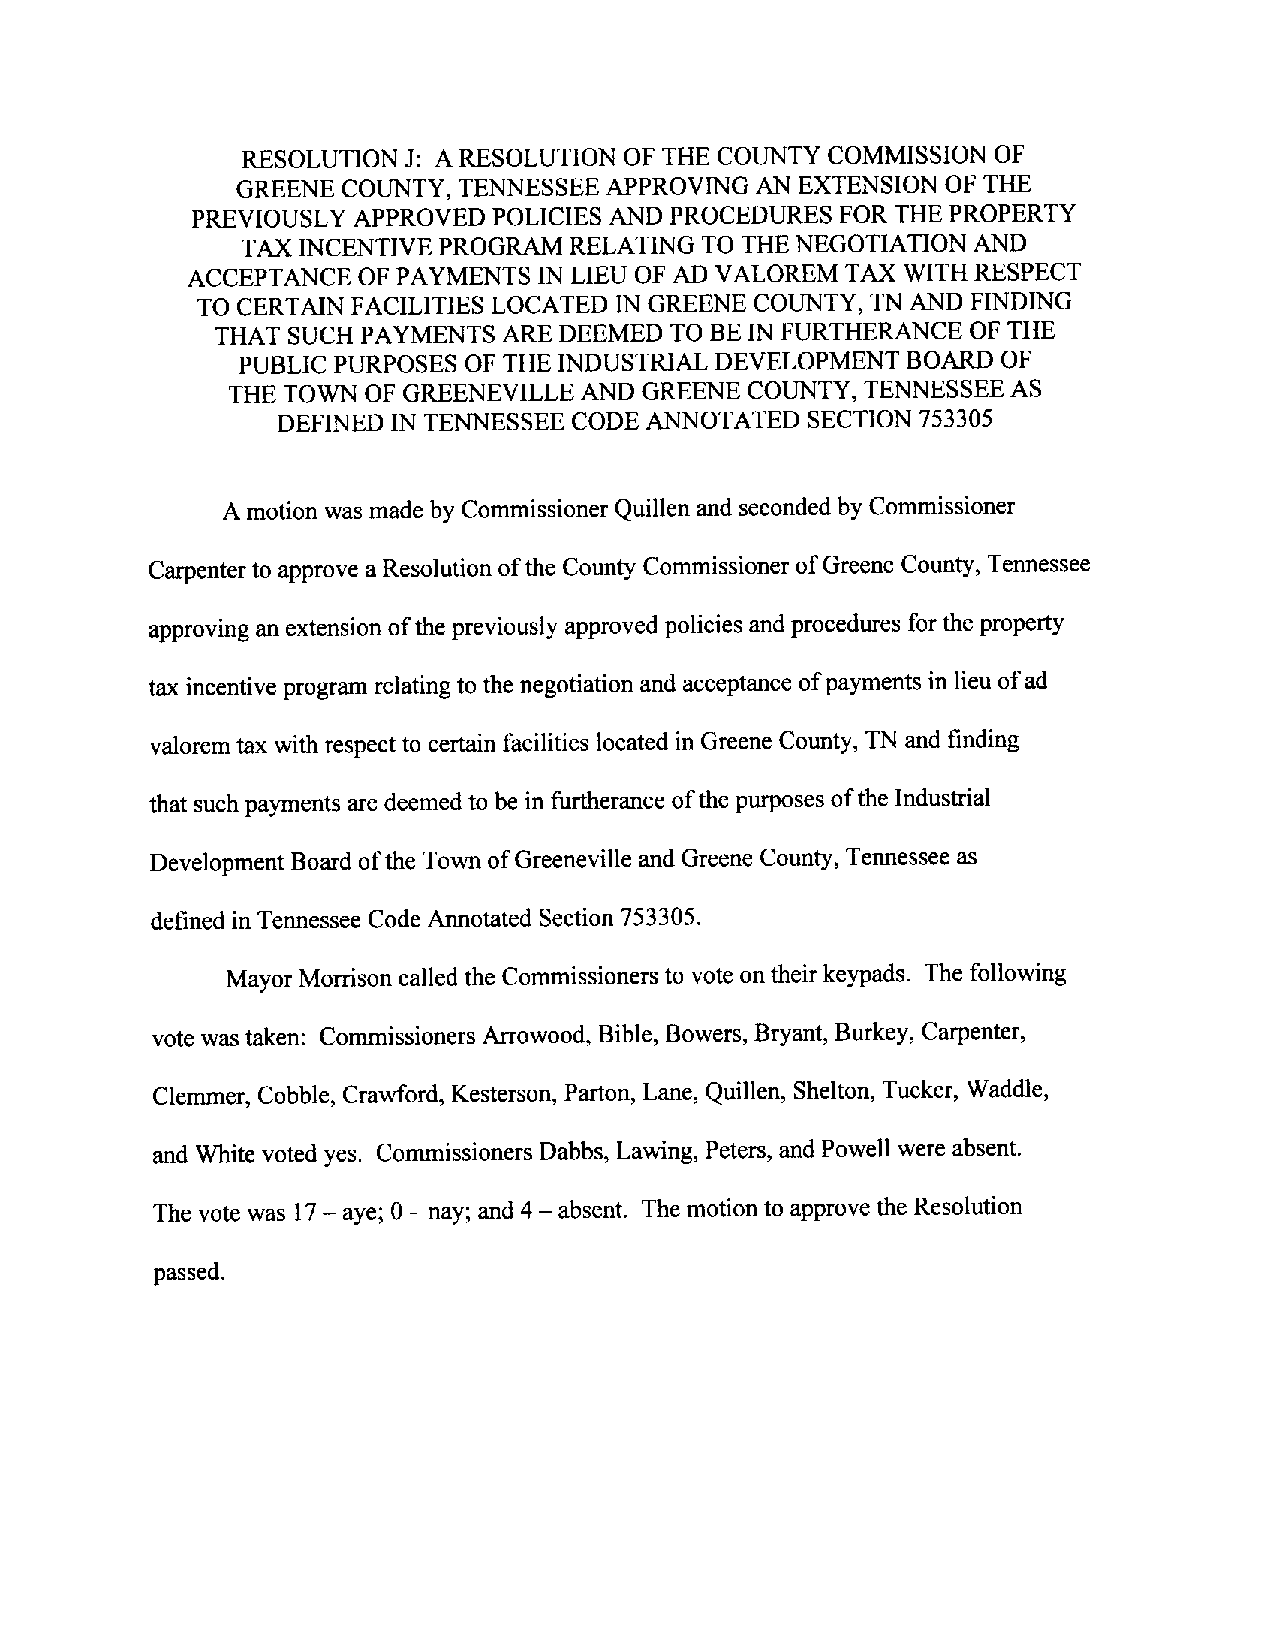
RESOLUTION J: A RESOLUTION OF THE COUNTY COMMISSION OF
 GREENE COUNTY, TENNESSEEAPPROVING AN EXTENSION OF THE
 PREVIOUSLY APPROVED POLICIES AND PROCEDURES FOR THE PROPERTY
 TAXINCENTIVE PROGRAM  RELATING TO THE NEGOTIATION AND
 ACCEPTANCE  OF PAYMENTS IN LIEU OF AD VALOREM TAX WITH RESPECT
 TO CERTAINFACILITIES LOCATED INGREENE COUNTY, TN AND FINDING
 THAT SUCH PAYMENTS ARE DEEMED TO BE IN FURTHERANCE OF THE
 PUBLIC PURPOSES OF THE INDUSTRIAL DEVELOPMENT BOARD OF
 THE TOWN OF GREENEVILLEAND GREENECOUNTY,  TENNESSEEAS
 DEFINED IN TENNESSEE CODE ANNOTATED SECTION 753305
 Amotion wasmade by Commissioner Quillen and seconded by Commissioner
 Carpenter toapprove a Resolutionofthe County Commissioner ofGreene County, Tennessee
 approving anextension ofthe previously approved policies andprocedures forthe property
 tax incentive program relatingto thenegotiation andacceptance ofpayments in lieu ofad
 valoremtax with respect to certain facilities located in Greene County, TN andfinding
 thatsuchpayments aredeemed to be in furtherance ofthe purposesofthe Industrial
 Development Board ofthe TownofGreenevilleand Greene County,Tennessee as
 defined in TennesseeCode Annotated Section 753305.
 Mayor Morrisoncalled the Commissioners to vote ontheirkeypads. The following
 votewas taken: Commissioners Arrowood, Bible, Bowers,Bryant, Burkey, Carpenter,
 Clernmer, Cobble, Crawford, Kesterson, Parton, Lane, Quillen, Shelton, Tucker, Waddle,
 and White voted yes. Commissioners Dabbs, Lawing, Peters, and Powell were absent.
 The vote was 17 aye; 0 nay; and 4 absent. Themotion to approvethe Resolution
 —     —        —
 passed.